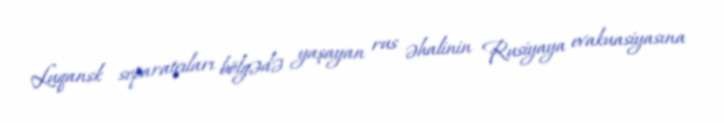
Luqansk separatçıları bölgədə yaşayan rus əhalinin Rusiyaya evakuasiyasına